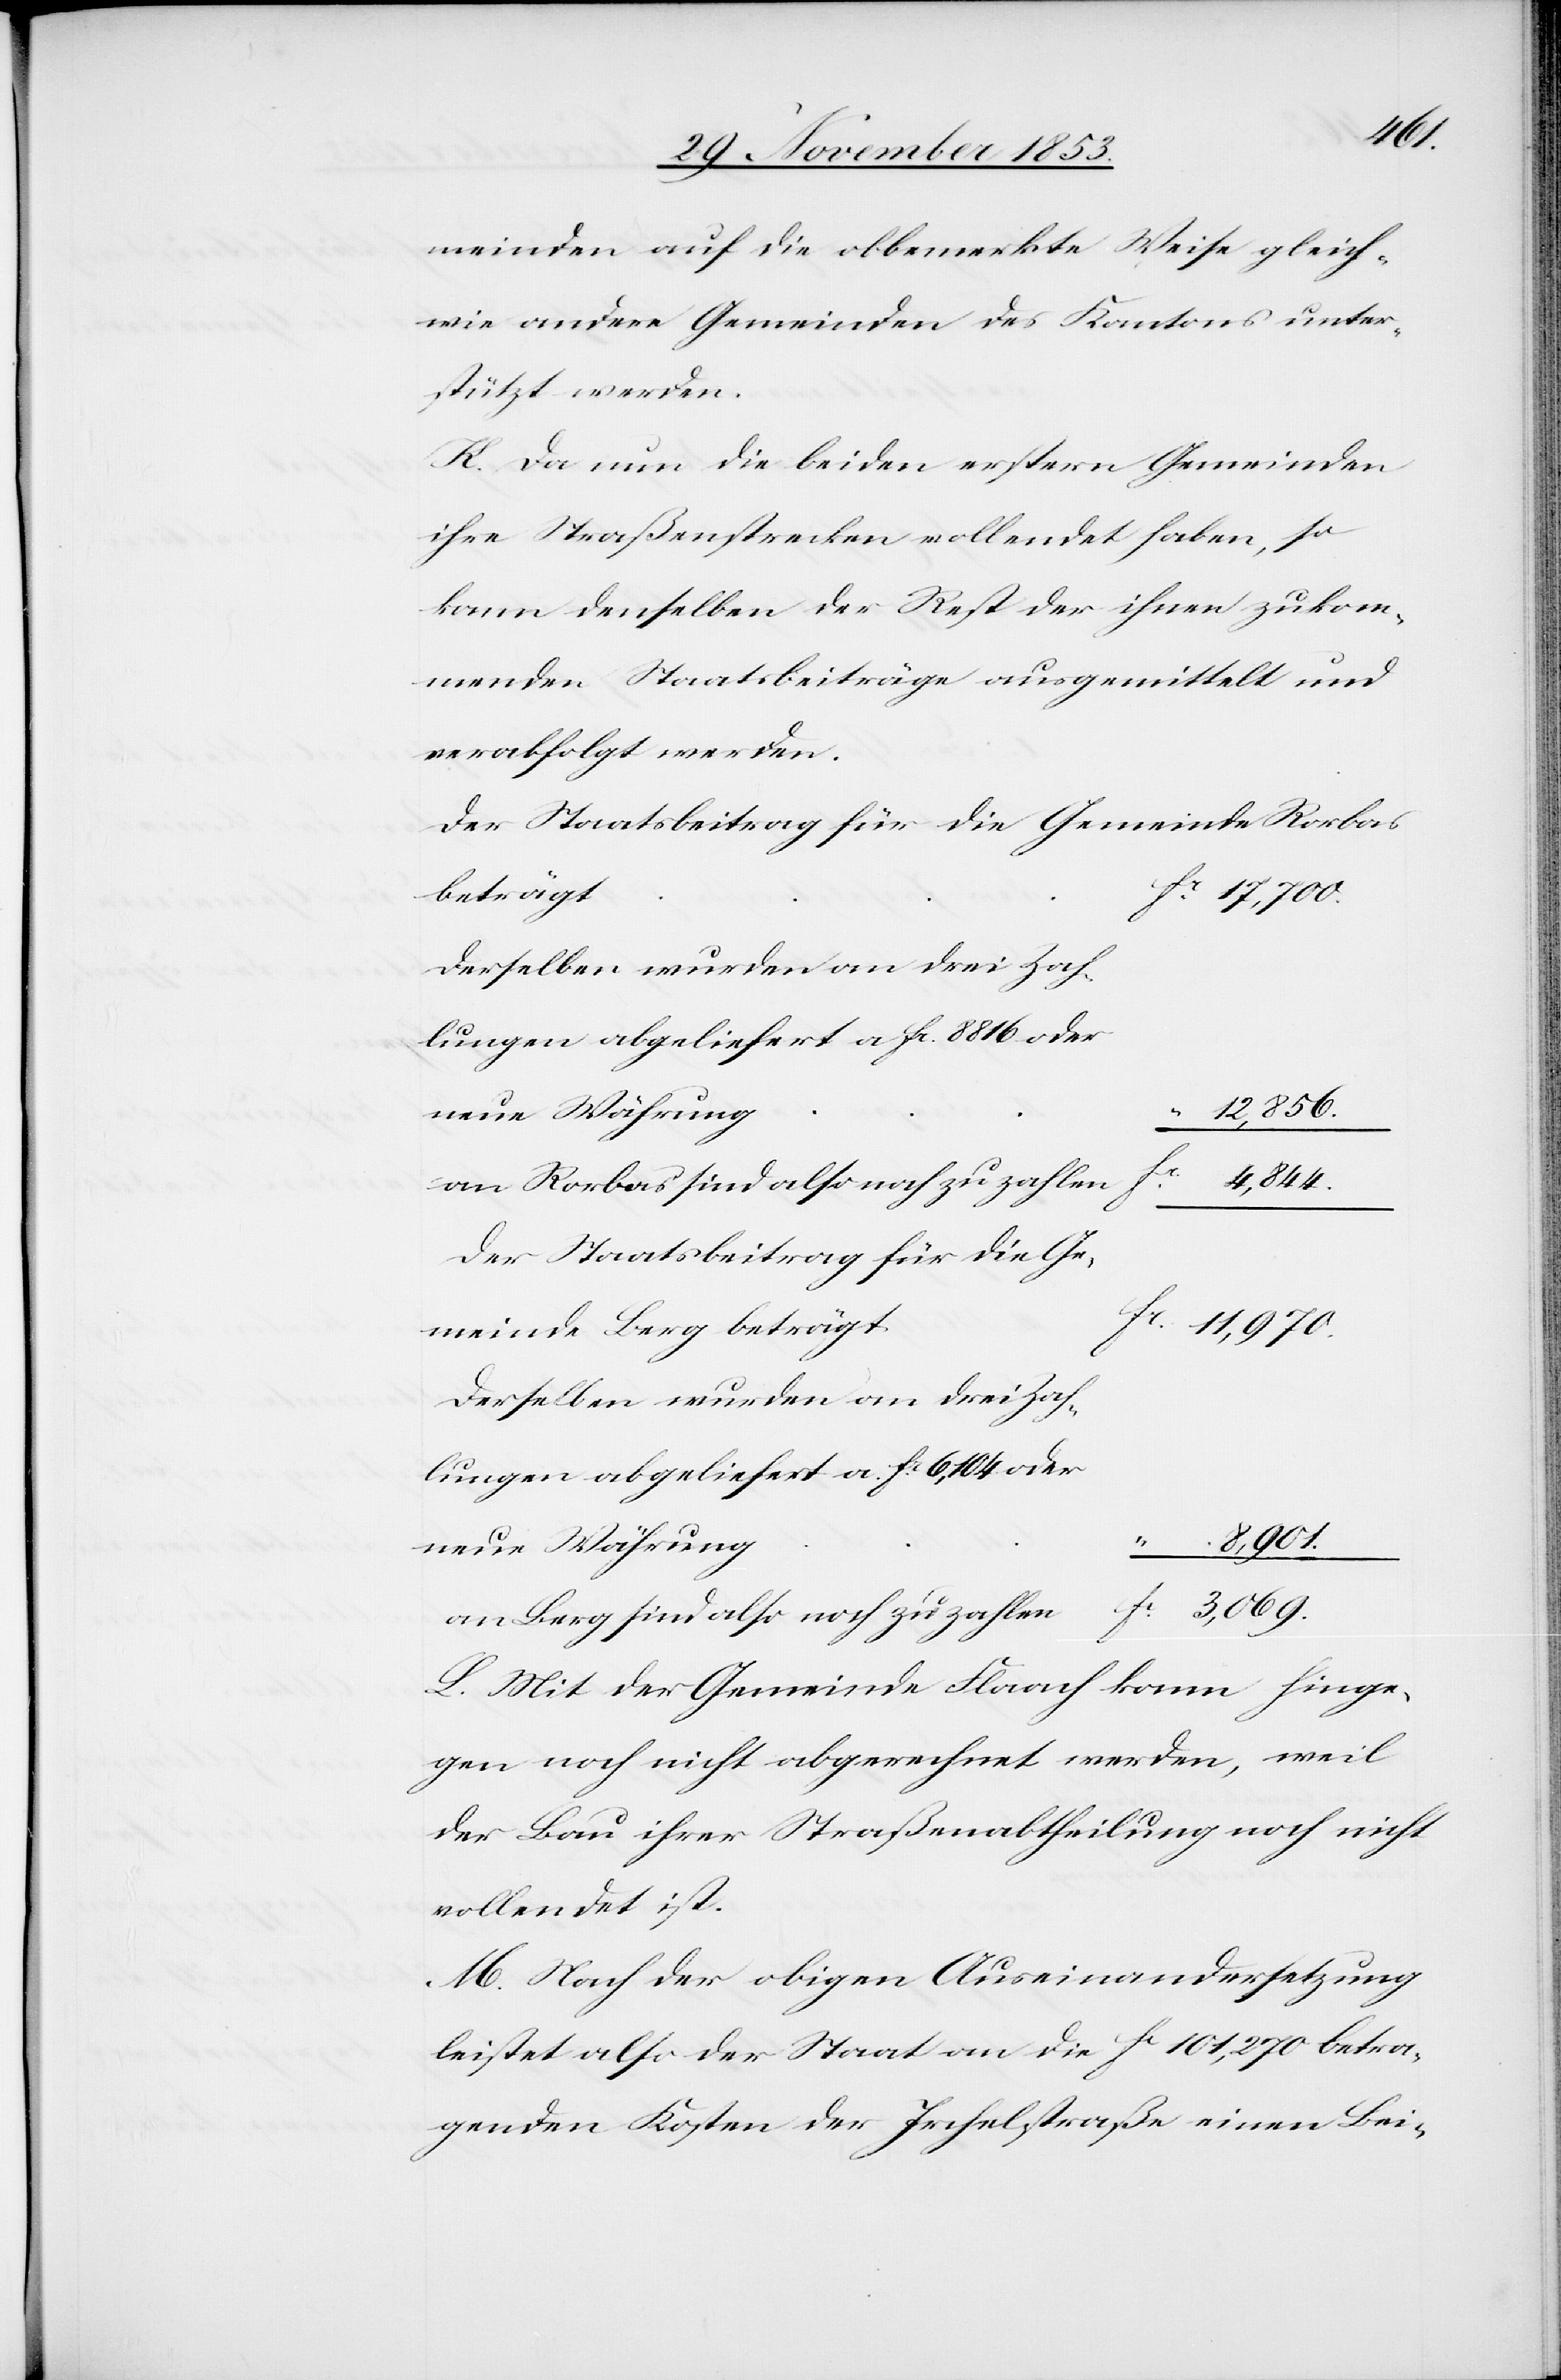
meinden auf die obbemerkte Weise gleich¬
wie andere Gemeinden des Kantons unter¬
stützt werden.
K. Da nun die beiden erstern Gemeinden
ihre Straßenstrecken vollendet haben, so
kann denselben der Rest der ihnen zukom¬
menden Staatsbeiträge ausgemittelt und
verabfolgt werden.
Der Staatsbeitrag für die Gemeinde Berg
17,700.
Derselben wurden an drei Zahl¬
n					fc
a.
4,844.
von Rorbas sind also noch zu zahle¬
n					f¬
c 3,069.
an Berg sind also noch zu zahle¬
L. Mit der Gemeinde Flaach kann hinge¬
gen noch nicht abgerechnet werden, weil
der Bau ihrer Straßenabtheilung noch nicht
vollendet ist.
M. Nach der obigen Auseinanderseitzung
leistet also der Staat an die fc 101,270 betra¬
genden Kosten der Irchelstraße einen Bei-